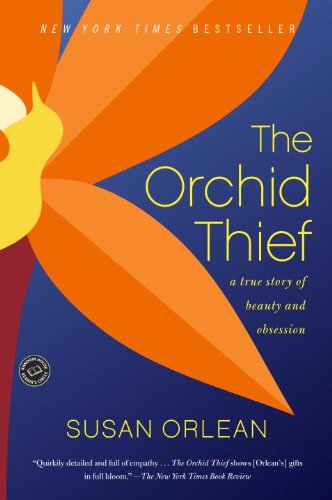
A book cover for The Orchid Thief: A True Story of Beauty and Obsession (Ballantine Reader's Circle); Susan Orlean; Crafts, Hobbies & Home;